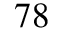
^ { 7 8 }